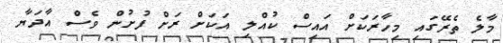
މާލެ ތެރޭގައި މިހާރަކަށް އައިސް ކުއްލި އަކަށް ރަށް ފުށުން ވެސް އާދަޔާ